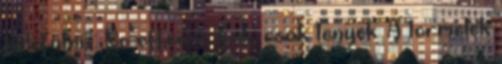
belefutni. : No offense Zoli, csak tenyek. A tormelek